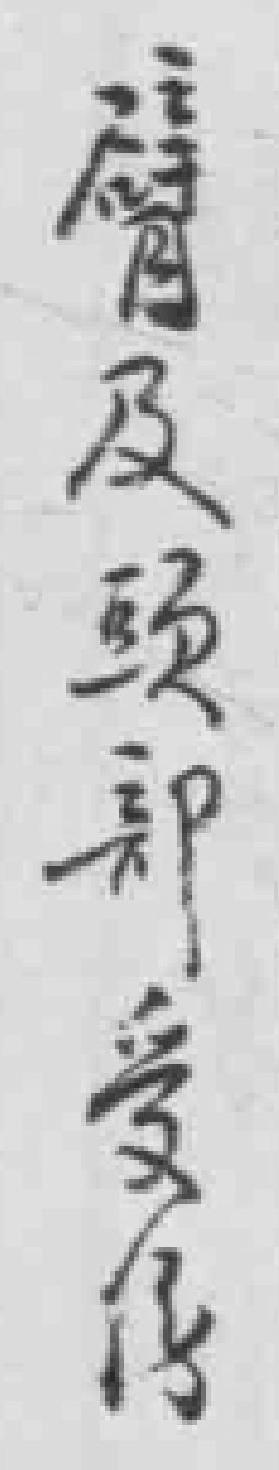
臂及頭部受伤